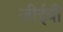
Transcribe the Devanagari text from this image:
जीईबी